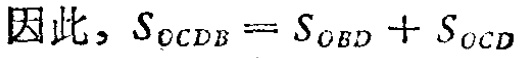
因此，$S_{OCDB}=S_{OBD}+S_{OCD}$